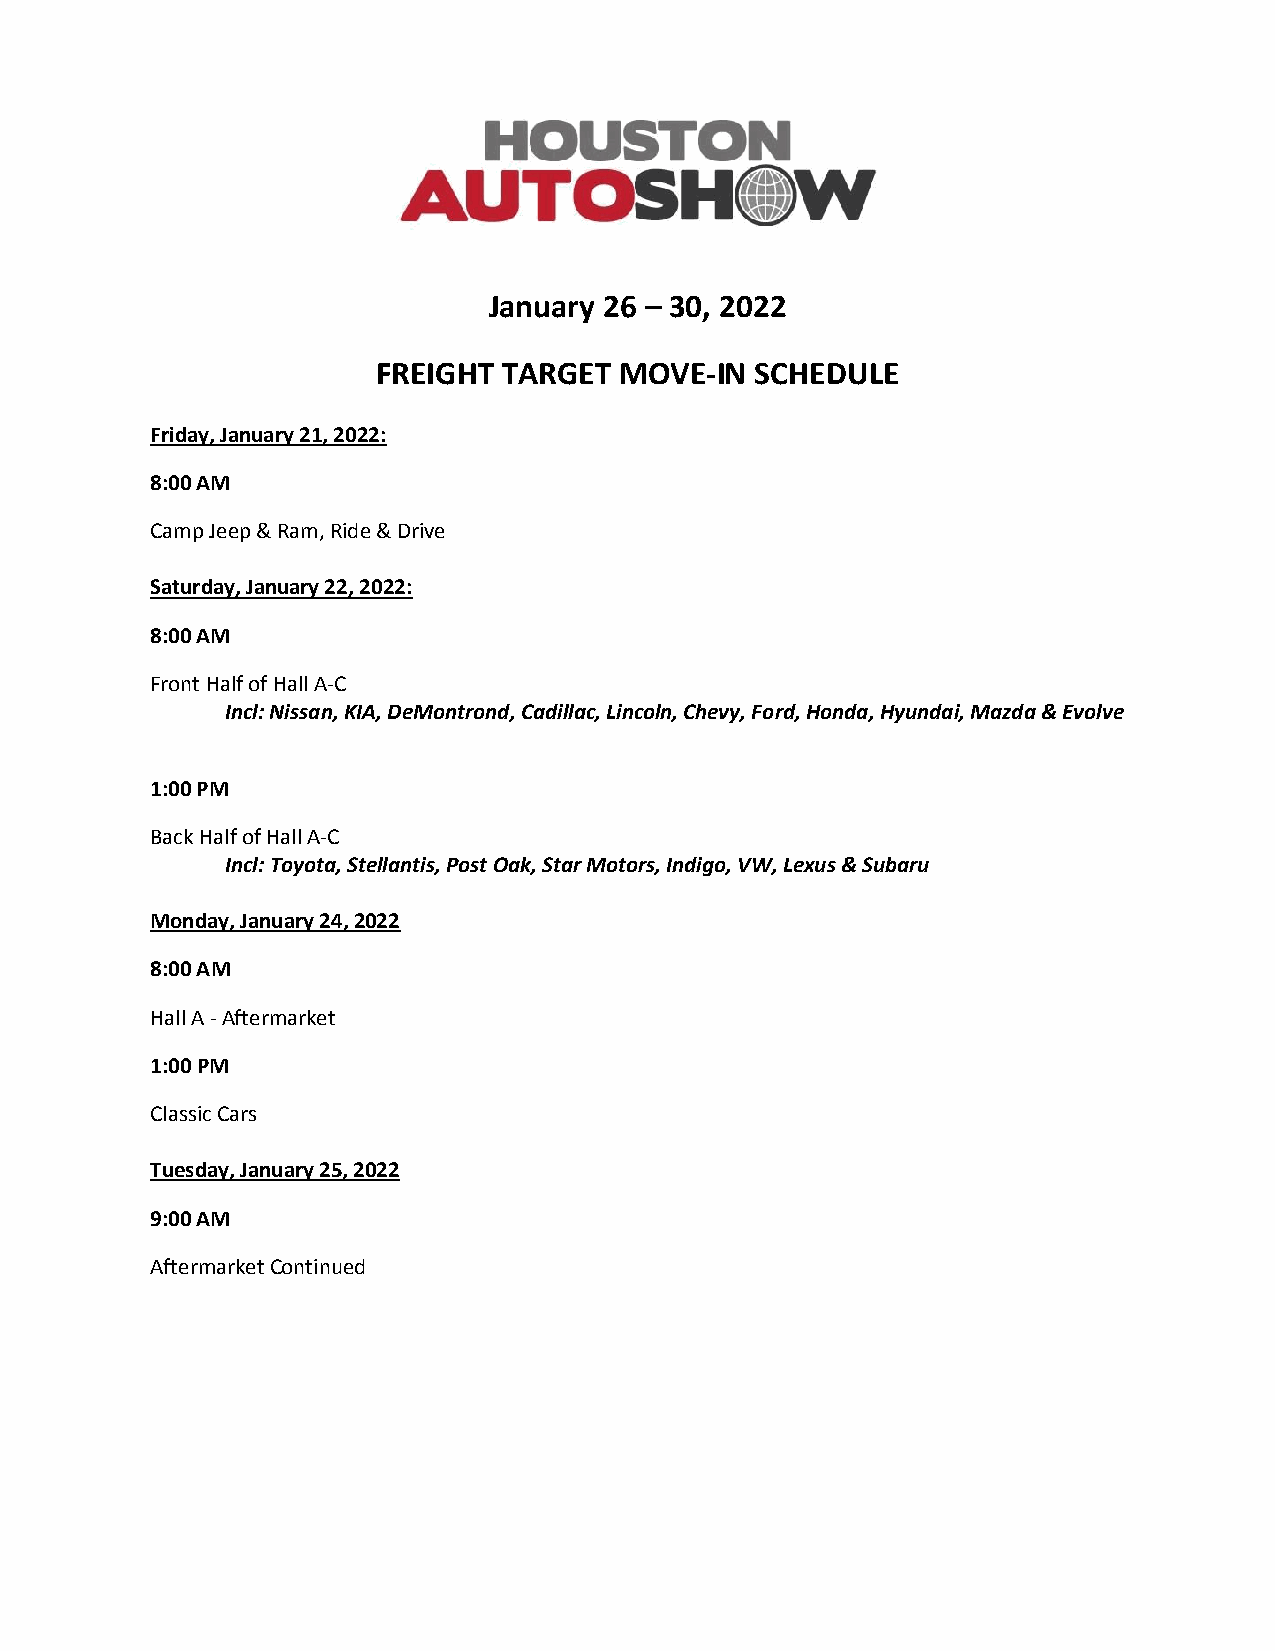
January 26 – 30, 2022
 FREIGHT TARGET  MOVE-IN  SCHEDULE
 Friday, January 21, 2022:
 8:00 AM
 Camp Jeep & Ram, Ride & Drive
 Saturday, January 22, 2022:
 8:00 AM
 Front Half of Hall A-C
 Incl: Nissan, KIA, DeMontrond, Cadillac, Lincoln, Chevy, Ford, Honda, Hyundai, Mazda & Evolve
 1:00 PM
 Back Half of Hall A-C
 Incl: Toyota, Stellantis, Post Oak, Star Motors, Indigo, VW, Lexus & Subaru
 Monday, January 24, 2022
 8:00 AM
 Hall A - Aftermarket
 1:00 PM
 Classic Cars
 Tuesday, January 25, 2022
 9:00 AM
 Aftermarket Continued